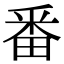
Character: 番